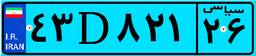
۴۳D۸۲۱۲۶